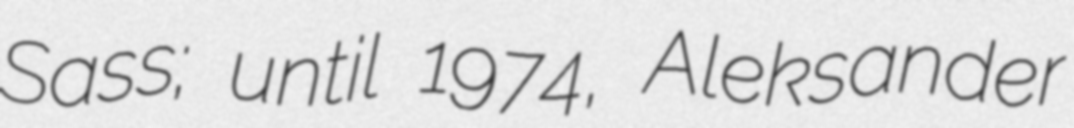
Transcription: Sass; until 1974, Aleksander